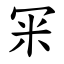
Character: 冞